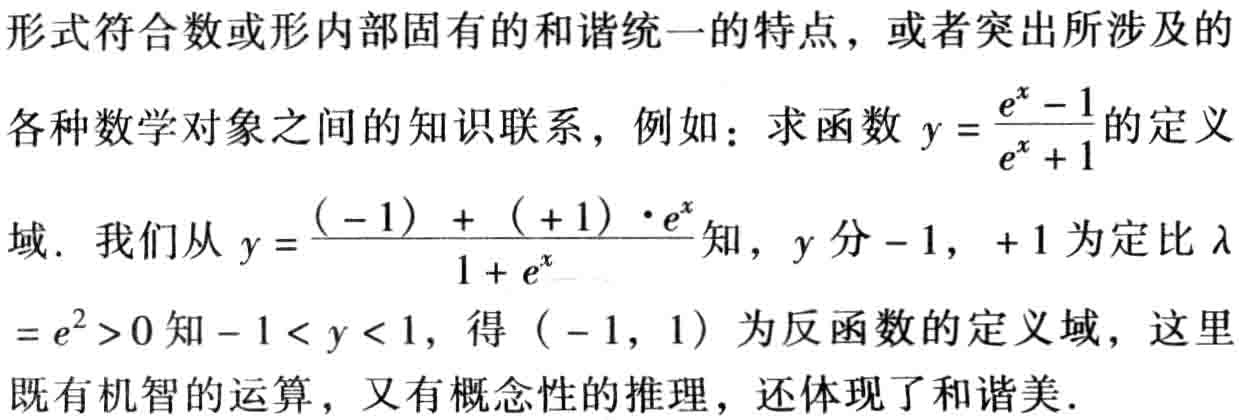
形式符合数或形内部固有的和谐统一的特点，或者突出所涉及的
各种数学对象之间的知识联系，例如：求函数 \(y = \frac{e^{x}-1}{e^{x}+1}\) 的定义
域. 我们从 \(y = \frac{(-1)+( + 1)\cdot e^{x}}{1 + e^{x}}\) 知，\(y\) 分 \(-1\)，\(+1\) 为定比 \(\lambda\)
\(=e^{2}>0\) 知 \(-1 < y < 1\)，得 \((-1,1)\) 为反函数的定义域，这里
既有机智的运算，又有概念性的推理，还体现了和谐美.